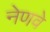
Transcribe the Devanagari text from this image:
नेणवे